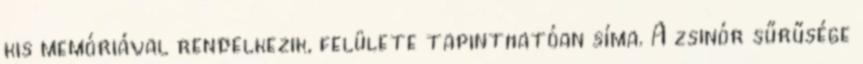
kis memóriával rendelkezik, felülete tapinthatóan síma. A zsinór sűrűsége